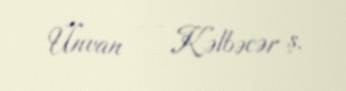
Ünvan — Kəlbəcər ş.